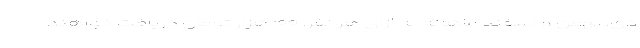
دی، بهمن و اسفند ماهانه به ازای هر نفر، ۱۰۰ هزار تومان دریافت خواهند